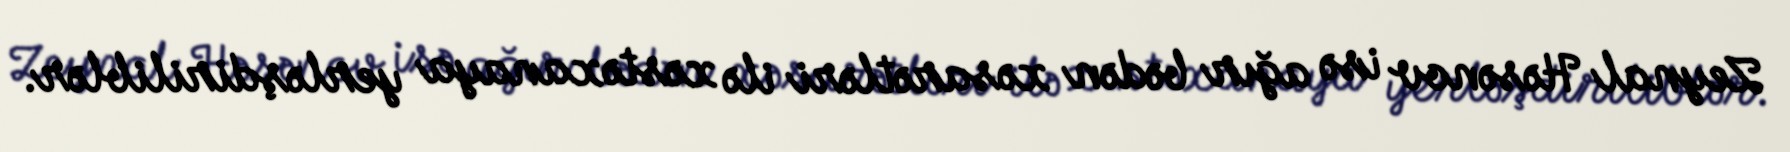
Zeynal Həsənov isə ağır bədən xəsarətləri ilə xəstəxanaya yerləşdiriliblər.